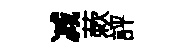
减蔌評